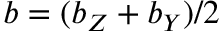
b = ( b _ { Z } + b _ { Y } ) / 2